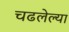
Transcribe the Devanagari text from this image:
चढलेल्या